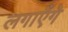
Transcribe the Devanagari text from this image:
लगाएँगे